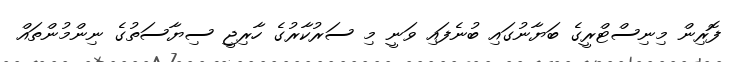
ފޮރިން މިނިސްޓްރީގެ ބަޔާނުގައި ބުނެފައި ވަނީ މި ސަރުކާރުގެ ހާރިޖީ ސިޔާސަތުގެ ނިންމުންތައް